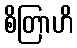
စိတြာဟိ